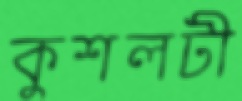
কুশলটী